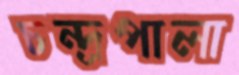
চন্দ্রপালা